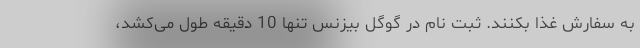
به سفارش غذا بکنند. ثبت نام در گوگل بیزنس تنها 10 دقیقه طول می‌کشد،